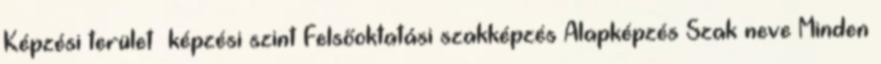
Képzési terület képzési szint Felsőoktatási szakképzés Alapképzés Szak neve Minden